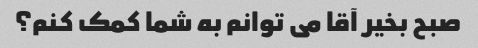
صبح بخیر آقا می توانم به شما کمک کنم؟